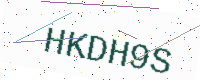
Text: HKDH9S